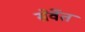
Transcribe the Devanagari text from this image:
सेर्वेत